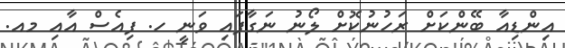
އިންޑިއާ ބޭންކަށް ރަހުނުކޮށް ލޯނު ނަގާފައި ވަނީ ހ. ފިއެސް އާއި މއ.